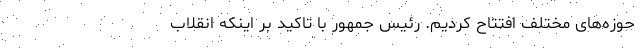
حوزه‌های مختلف افتتاح کردیم. رئیس جمهور با تاکید بر اینکه انقلاب